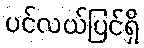
ပင်လယ်ပြင်ရှိ